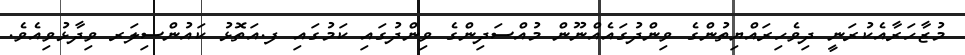
މުޒާހަރާއެކުރަނީ ދިވެހިރައްޔިތުންގެ ވިންދުގައެއްނޫން މުއްސަދިންގެ ވިންދުގައި ކަމުގައި ފ.އަތޮޅު ކައުންސިލަރ ވިދާޅުވިއެވެ.